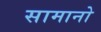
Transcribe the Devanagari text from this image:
सामानो